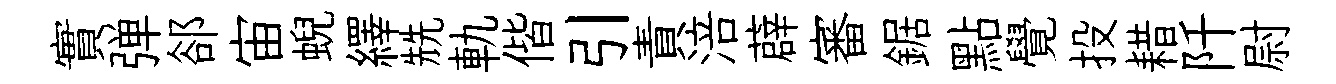
實弹郤宙蜺繹兟軌偕引責涪薜審鋸點覺投耤阡尉